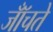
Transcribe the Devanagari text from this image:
जॉँचते